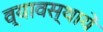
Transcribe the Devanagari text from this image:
व्यावस्थायें